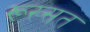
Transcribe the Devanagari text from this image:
रूख्सत